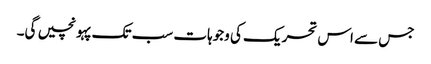
جس سے اس تحریک کی وجوہات سب تک پہونچیں گی۔